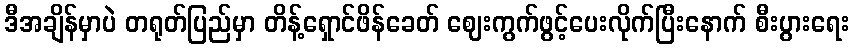
ဒီအချိန်မှာပဲ တရုတ်ပြည်မှာ တိန့်ရှောင်ဖိန်ခေတ် ဈေးကွက်ဖွင့်ပေးလိုက်ပြီးနောက် စီးပွားရေး